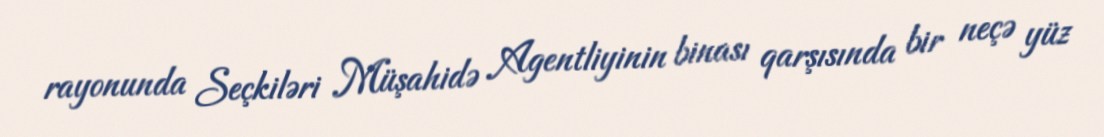
rayonunda Seçkiləri Müşahidə Agentliyinin binası qarşısında bir neçə yüz